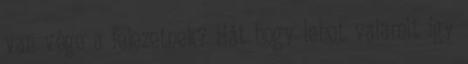
van vége a fejezetnek? Hát hogy lehet valamit így